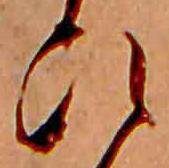
ひ